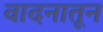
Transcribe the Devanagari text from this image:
वादनातून